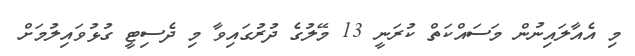
މި އެއާލައިނުން މަސައްކަތް ކުރަނީ 13 މޭލުގެ ދުރުގައިވާ މި ދެސިޓީ ގުޅުވައިލުމަށް